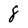
Character: 8